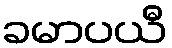
ခမာပယီ